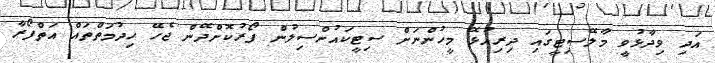
އަދި ވިދާޅުވީ މާލޭސިޓީގައި ދިރިއުޅޭ މީހުންނަށް ސިޓީކައުންސިލުން ފޯރުކޮށްދޭން ޖެހޭ ހިދުމަތްތައް އަތްފޯރާ